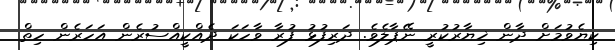
ކިޔެވުމަށް ދާން ޚިޔާރުކުރީ ނޭޕާލެވެ. ދަރިފުޅު ފުރާ ވާހަކަ ދެއްކީއްސުރެން އަހަރެން ހިތް